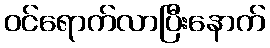
ဝင်ရောက်လာပြီးနောက်